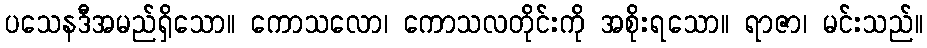
ပသေနဒီအမည်ရှိသော။ ကောသလော၊ ကောသလတိုင်းကို အစိုးရသော။ ရာဇာ၊ မင်းသည်။